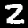
Label: 2